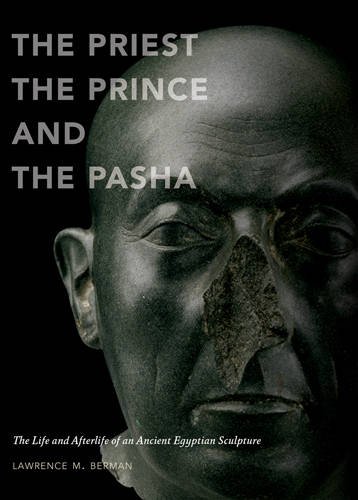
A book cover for The Priest, the Prince, and the Pasha: The Life and Afterlife of an Ancient Egyptian Sculpture; Lawrence Berman; Arts & Photography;